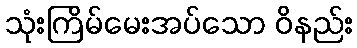
သုံးကြိမ်မေးအပ်သော ဝိနည်း